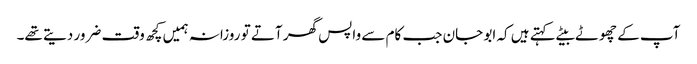
آپ کے چھوٹے بیٹے کہتے ہیں کہ ابو جان جب کام سے واپس گھر آتے تو روزانہ ہمیں کچھ وقت ضرور دیتے تھے۔